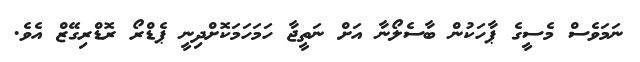
ނަމަވެސް މެސީގެ ޕާހަކުން ބާސެލޯނާ އަށް ނަތީޖާ ހަމަހަމަކޮށްދިނީ ޕެޑްރޯ ރޮޑްރިގޭޒް އެވެ.